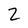
Character: Z